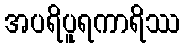
အပရိပူရကာရိဿ